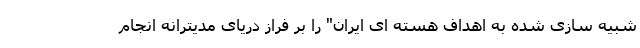
شبیه سازی شده به اهداف هسته ای ایران" را بر فراز دریای مدیترانه انجام